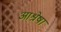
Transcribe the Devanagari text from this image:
आश्रेषा